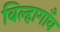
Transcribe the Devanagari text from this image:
बिल्हागाँव